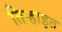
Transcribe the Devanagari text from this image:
तिऱ्हाइत